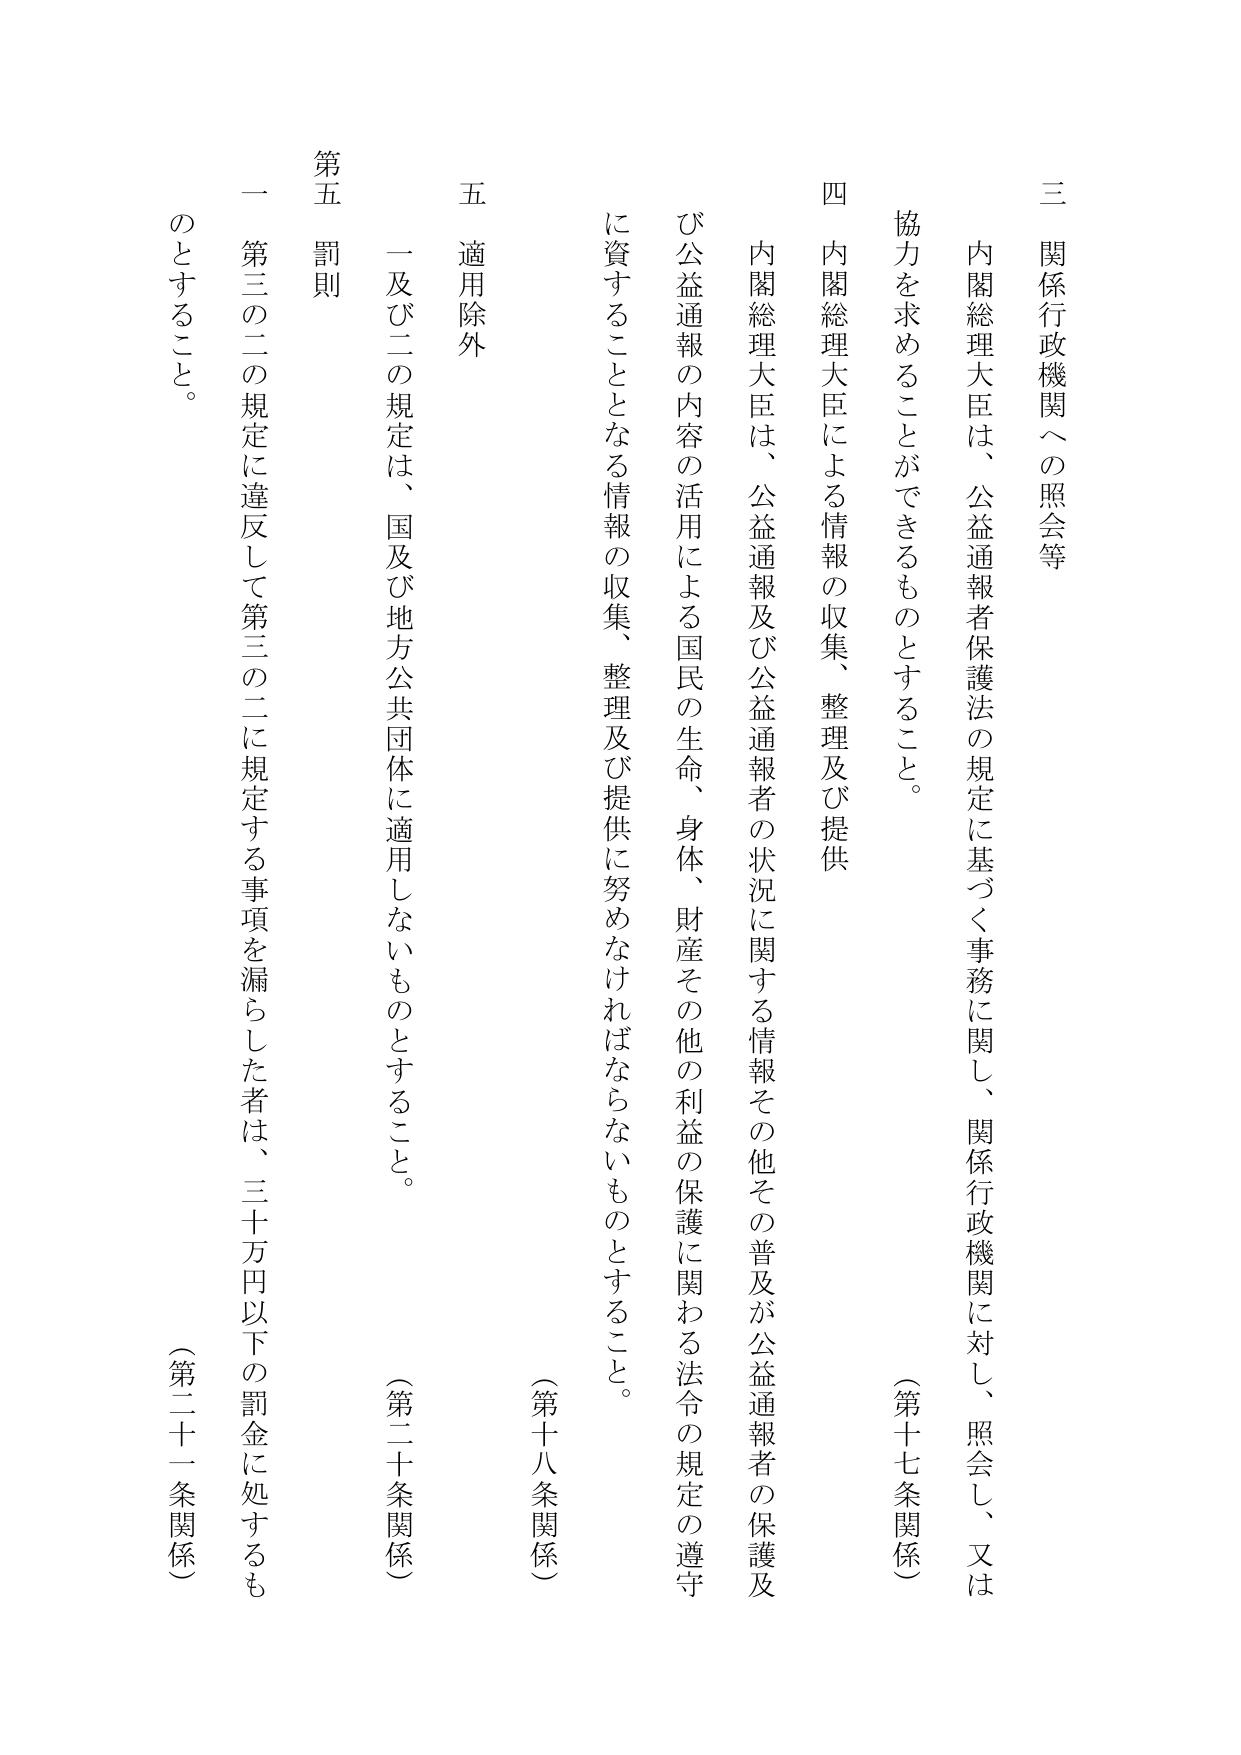
三 関係行政機関への照会等

内閣総理大臣は、公益通報者保護法の規定に基づく事務に関し、関係行政機関に対し、照会し、又は協力を求めることができるものとすること。

（第十七条関係）

四 内閣総理大臣による情報の収集、整理及び提供

内閣総理大臣は、公益通報及び公益通報者の状況に関する情報その他その普及が公益通報者の保護及び公益通報の内容の活用による国民の生命、身体、財産その他の利益の保護に関わる法令の規定の遵守に資することとなる情報の収集、整理及び提供に努めなければならないものとすること。

（第十八条関係）

五 適用除外

一及び二の規定は、国及び地方公共団体に適用しないものとすること。

（第二十条関係）

第五 罰則

一 第三の二の規定に違反して第三の二に規定する事項を漏らした者は、三十万円以下の罰金に処するものとすること。

（第二十一条関係）